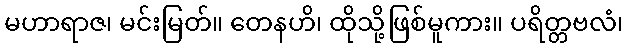
မဟာရာဇ၊ မင်းမြတ်။ တေနဟိ၊ ထိုသို့ဖြစ်မူကား။ ပရိတ္တဗလံ၊